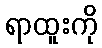
ရာထူးကို